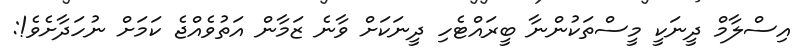
އިސްލާމް ދީނަކީ މީސްތަކުންނާ ބީރައްޓެހި ދީނަކަށް ވާނެ ޒަމާން އަތުވެއްޖެ ކަމަށް ނުހަދާށެވެ!: